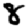
Digit: 8